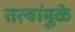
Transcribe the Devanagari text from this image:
तत्वांमुळे